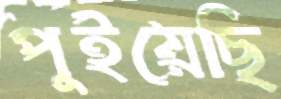
পুইয়েছি